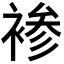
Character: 𰴂